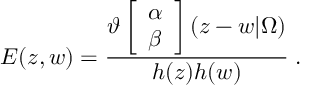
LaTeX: E ( z , w ) = \frac { \vartheta \left[ \begin{array} { c } { { \alpha } } \\ { { \beta } } \end{array} \right] ( z - w | \Omega ) } { h ( z ) h ( w ) } \; .